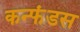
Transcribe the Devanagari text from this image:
कन्फंडस